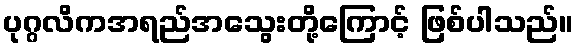
ပုဂ္ဂလိကအရည်အသွေးတို့ကြောင့် ဖြစ်ပါသည်။